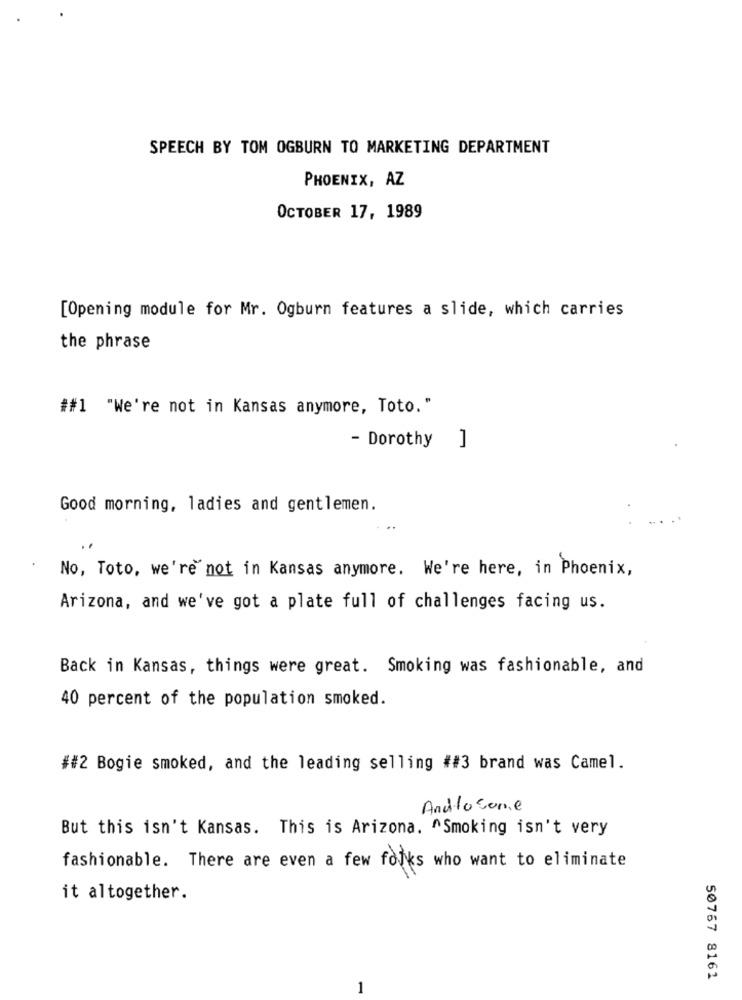
SPEECH BY TOM OGBURN TO MARKETING DEPARTMENT
PHOENIX, AZ
OCTOBER 17, 1989
[Opening module for Mr. Ogburn features a slide, which carries
the phrase
##1 "We're not in Kansas anymore, Toto."
- Dorothy ]
Good morning, ladies and gentlemen.
No, Toto, we're not in Kansas anymore. We're here, in Phoenix,
Arizona, and we've got a plate full of challenges facing us.
Back in Kansas, things were great. Smoking was fashionable, and
40 percent of the population smoked.
##2 Bogie smoked, and the leading selling ##3 brand was Camel.
Androsone
But this isn't Kansas. This is Arizona. ^Smoking isn't very
fashionable. There are even a few folks who want to eliminate
it altogether.
50767 8162
1